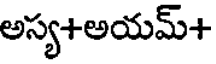
అస్య+అయమ్+